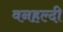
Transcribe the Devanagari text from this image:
वनहल्दी